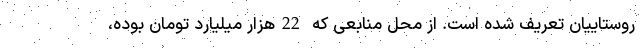
روستاییان تعریف شده است. از محل منابعی که 22هزار میلیارد تومان بوده،